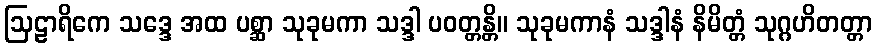
ဩဠာရိကေ သဒ္ဒေ အထ ပစ္ဆာ သုခုမကာ သဒ္ဒါ ပဝတ္တန္တိ။ သုခုမကာနံ သဒ္ဒါနံ နိမိတ္တံ သုဂ္ဂဟိတတ္တာ